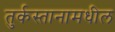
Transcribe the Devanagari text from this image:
तुर्कस्तानामधील